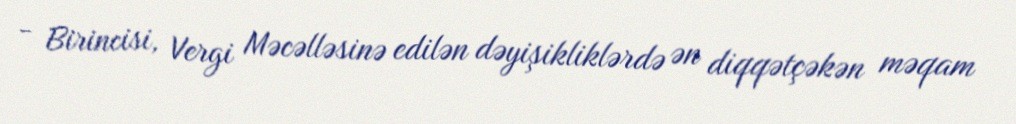
- Birincisi, Vergi Məcəlləsinə edilən dəyişikliklərdə ən diqqətçəkən məqam